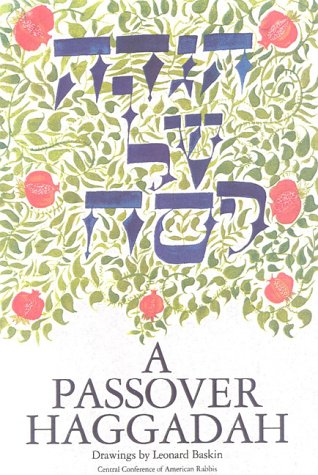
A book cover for A Passover Haggadah: Second Revised Edition; Religion & Spirituality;